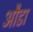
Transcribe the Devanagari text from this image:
औडा